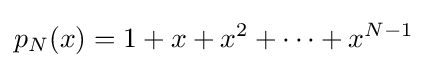
p_{N}(x)=1+x+x^{2}+\cdots +x^{N-1}